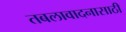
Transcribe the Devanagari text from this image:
तबलावादनासाठी